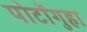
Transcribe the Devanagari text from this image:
पोटोंगुहा